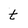
Character: t